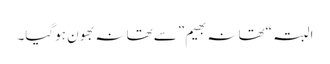
البتہ “تھانہ بھیم”سے تھانہ بھون ہوگیا۔